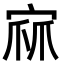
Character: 𭓹